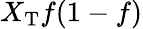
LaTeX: X_{\mathrm{T}}f(1-f)